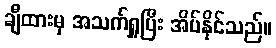
ချီထားမှ အသက်ရှူပြီး အိပ်နိုင်သည်။